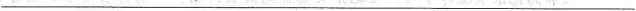
___